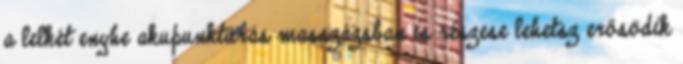
a lelkét enyhe akupunktúrás masszázsban is részese lehetsz erősödik